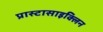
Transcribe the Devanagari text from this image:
प्रास्टासाइक्लिन